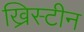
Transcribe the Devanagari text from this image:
ख्रिस्टीन